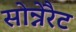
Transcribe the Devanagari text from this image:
सोन्नेरैट